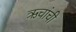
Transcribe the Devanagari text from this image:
ऋचांची